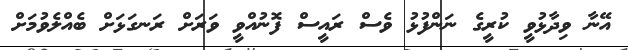
އޭނާ ވިދާޅުވީ ކުރީގެ ނަންފުޅު ވެސް ރައީސް ފޮނުއްވީ ވަރަށް ރަނގަޅަށް ބެއްލެވުމަށް